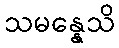
သမန္နေသိ